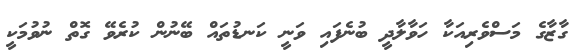
ގާޒާގެ މަސްވެރިއަކާ ހަވާލާދީ ބުނެފައި ވަނީ ކަނޑުތައް ބޭނުން ކުރެވޭ ގޮތް ނުވުމަކީ